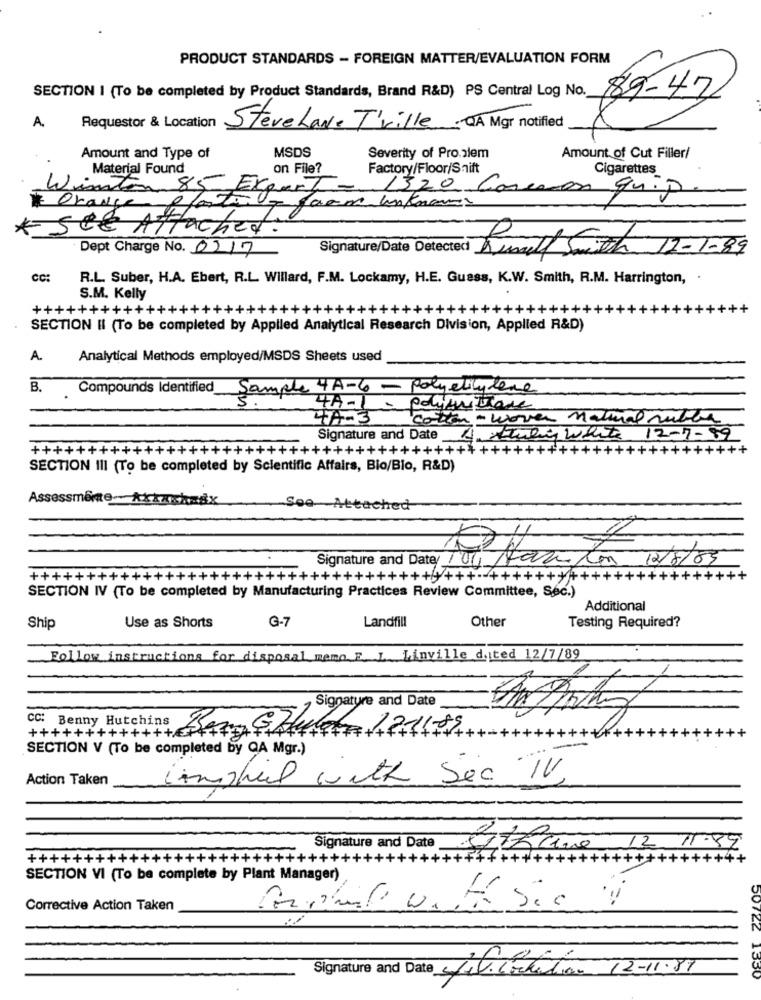
PRODUCT STANDARDS - FOREIGN MATTER/EVALUATION FORM
SECTION I (To be completed by Product Standards, Brand R&D) PS Central Log No.
$9.47
Requestor & Location
A.
Steve Lave Tiville QA Mgr notified
Amount and Type of
MSDS
Severity of Pro.alem
Amount of Cut Filler/
Material Found
on File?
Factory/Floor/Shift
Cigarettes
Winston 85 Export
13,20 Common quip
Orange Plated
* SEE Attached.
Dept Charge No. 0217
Signature/Date Detected Rundt Smith 12-1-89
Cc:
R.L. Suber, H.A. Ebert, R.L. Willard, F.M. Lockamy, H.E. Guess, K.W. Smith, R.M. Harrington, .
S.M. Kelly
++++++++++++++++++++++++++++++++++++++++++++++++++
SECTION II (To be completed by Applied Analytical Research Division, Applied R&D)
A.
Analytical Methods employed/MSDS Sheets used
B.
Compounds Identified Sample 4A-6 - Polyethylene
4A-1.
Polysultane
TA-3
cation - woven Manual null
Signature and Date
4. studies White 12-7-89
++++++++++++++++++++++++++++++++++++++++++++++++++++++++++++++++
SECTION III (To be completed by Scientific Affairs, Bio/Bio, R&D)
Assessmente- Axkachasx
See Attached
++++++++++++++++++++++++++++++++++++++++++++++++++++++
SECTION IV (To be completed by Manufacturing Practices Review Committee, Sec.)
Additional
Landfill
Other
Ship
Use as Shorts
G-7
Testing Required?
Follow instructions for disposal memo. F. L. Linville dited 12/7/89
Signature and Date
CC: Benny Hutchins
17-11-89
++
SECTION V (To be completed by QA Mgr.)
Action Taken
lamphil with Sec IV,
Signature and Date
12. 11.
++++++++++++++++++++++++++++++++
SECTION VI (To be complete by Plant Manager)
Corrective Action Taken
Signature and Date /t.cochalian 12-11.81
50722 1330